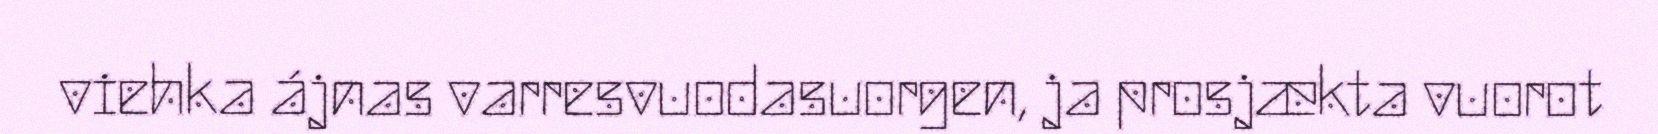
viehka ájnas varresvuodasuorgen, ja prosjækta vuorot